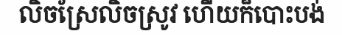
លិចស្រែលិចស្រូវ ហើយក៏បោះបង់